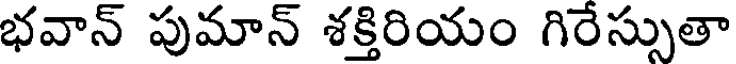
భవాన్ పుమాన్ శక్తిరియం గిరేస్సుతా